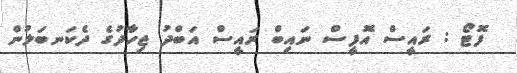
ފޮޓޯ : ރައީސް އޮފީސް ނައިބް ރައީސް އަބްދު ޖިހާދުގެ ދެކަނބަލުން